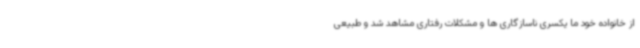
از خانواده خود ما یکسری ناسازگاری ها و مشکلات رفتاری مشاهد شد و طبیعی